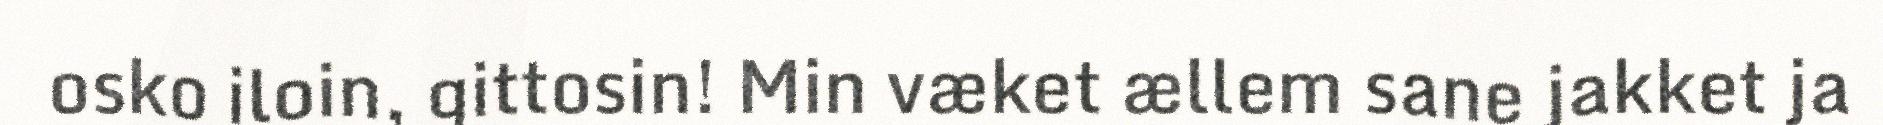
osko iloin, gittosin! Min væket ællem sane jakket ja